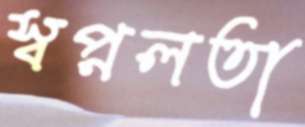
স্বপ্নলতা